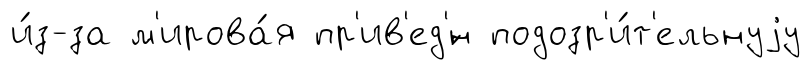
и́з-за м'ирова́я пр'ив'ед'́н подозр'и́т'ельнуjу